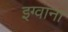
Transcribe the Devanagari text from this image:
इग्वाना